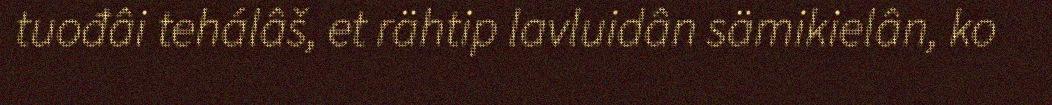
tuođâi tehálâš, et rähtip lavluidân sämikielân, ko